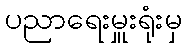
ပညာရေးမှူးရုံးမှ